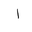
Letter: _alif